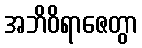
အဘိဝိရာဇေတွာ